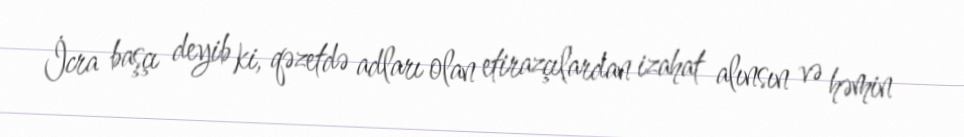
İcra başçı deyib ki, qəzetdə adları olan etirazçılardan izahat alınsın və həmin